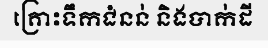
គ្រោះទឹកជំនន់ និងបាក់ដី